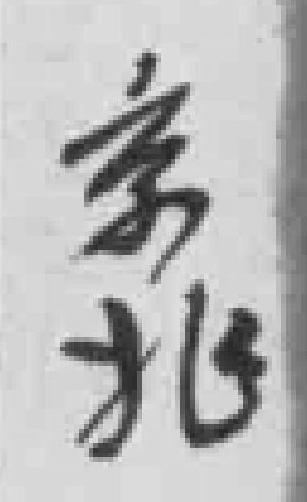
京兆